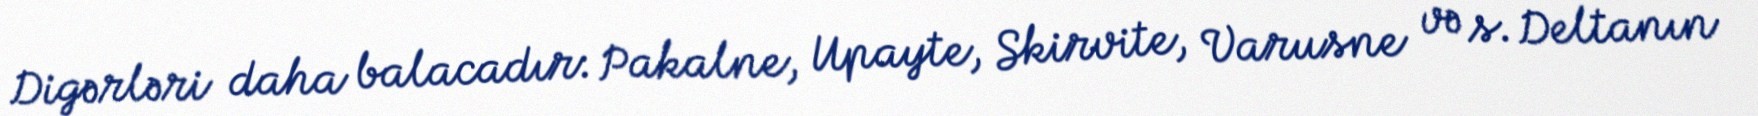
Digərləri daha balacadır: Pakalne, Upayte, Skirvite, Varusne və s. Deltanın